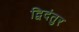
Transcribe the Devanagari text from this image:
द्विदंतुर